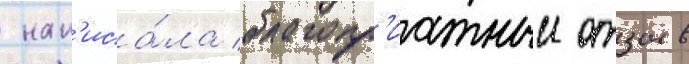
 нап'иса́ла благопр'иатныи отзыв